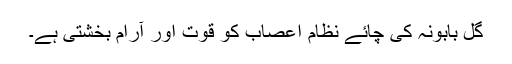
گل بابونہ کی چائے نظام اعصاب کو قوت اور آرام بخشتی ہے۔